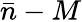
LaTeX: \bar{n}-M